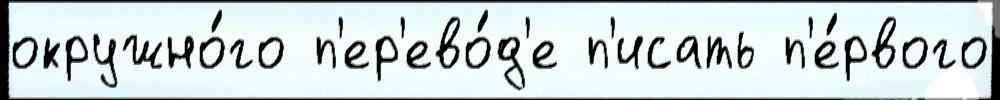
окружно́го п'ер'ево́д'е п'исать п'е́рвого